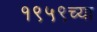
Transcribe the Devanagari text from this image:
१९५९च्या